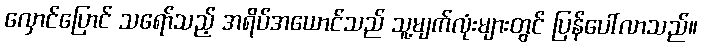
လှောင်ပြောင် သရော်သည့် အရိပ်အယောင်သည် သူ့မျက်လုံးများတွင် ပြန်ပေါ်လာသည်။